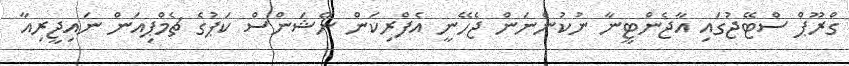
ގްރޫޕް ސްޓޭޖުގައި އާޖެންޓީނާ ނުކުންނަން ޖެހޭނީ އެފްރިކަން ނޭޝަންސް ކަޕުގެ ޗެމްޕިއަން ނައިޖީރިއާ